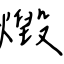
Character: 燬